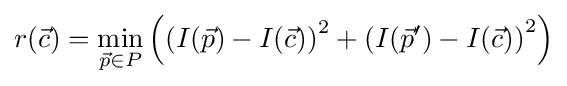
r({\vec {c}})=\min _{{\vec {p}}\in P}\left(\left(I({\vec {p}})-I({\vec {c}})\right)^{2}+\left(I({\vec {p}}')-I({\vec {c}})\right)^{2}\right)